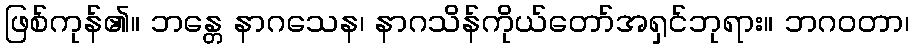
ဖြစ်ကုန်၏။ ဘန္တေ နာဂသေန၊ နာဂသိန်ကိုယ်တော်အရှင်ဘုရား။ ဘဂဝတာ၊